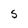
Character: S